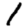
Digit: 1